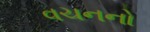
વચનનો